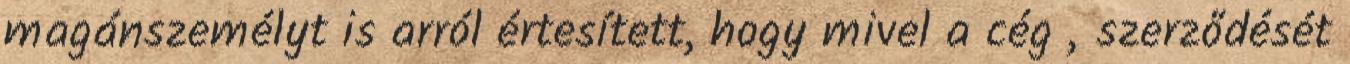
magánszemélyt is arról értesített, hogy mivel a cég „szerződését